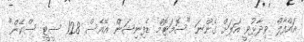
އައްފާލް ވިދާޅުވީ އަަލަށް ގެންނަ "ސޮމަޓޮމް ޑެފިނިޝަން އޭއެސް 128 ސީޓީ ސްކޭން"